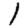
Digit: 1